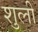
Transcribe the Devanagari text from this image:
शुली